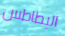
البطاطس